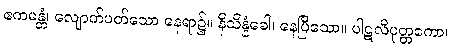
ဧကမန္တံ၊ လျောက်ပတ်သော နေရာ၌။ နိသိန္နံခေါ၊ နေပြီသော။ ပါဋလိပုတ္တကော၊